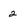
Character: 2